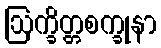
ဩက္ခိတ္တစက္ခုနာ